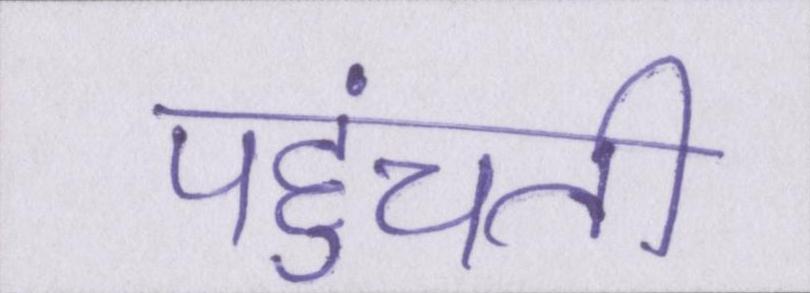
पहुंचती